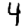
Digit: 4